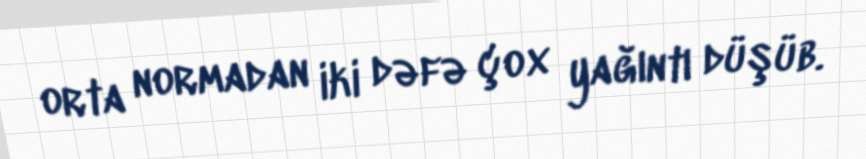
orta normadan iki dəfə çox yağıntı düşüb.